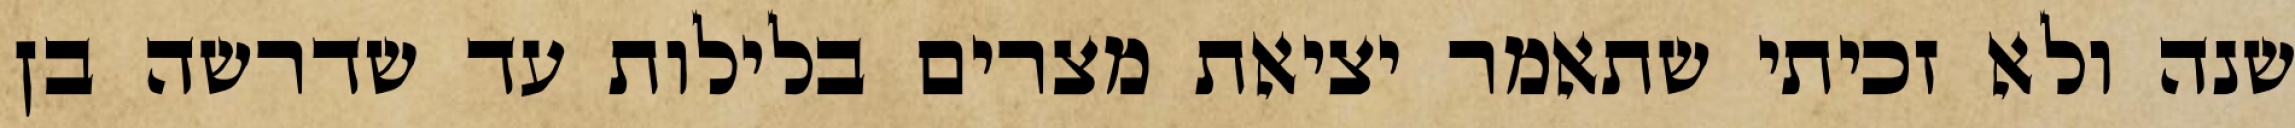
שנה ולא זכיתי שתאמר יציאת מצרים בלילות עד שדרשה בן